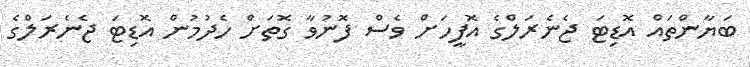
ބަޔާންތައް އޮޑިޓަ ޖެނެރަލްގެ އޮފީހަށް ވެސް ފޮނުވާ ގޮތަށް ހެދުމުން އޮޑިޓަ ޖެނެރަލްގެ